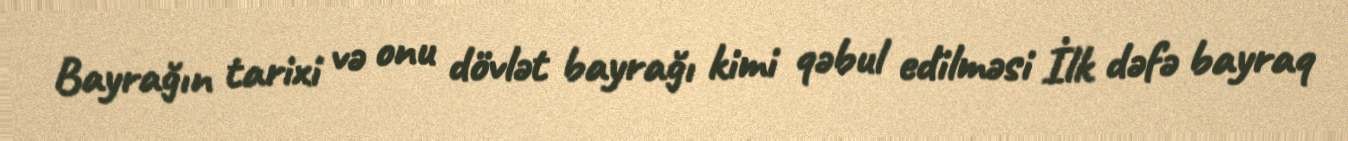
Bayrağın tarixi və onu dövlət bayrağı kimi qəbul edilməsi İlk dəfə bayraq